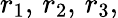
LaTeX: r_{1},\, r_{2},\, r_{3},